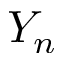
Y _ { n }